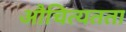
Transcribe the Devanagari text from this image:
औचित्यतता